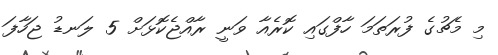
މި މެޗުގެ ފުރަތަމަ ހާފްގައި ކޮރެއާ ވަނީ ރާއްޖެކޮޅަށް 5 ލަނޑު ޖަހާފަ